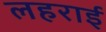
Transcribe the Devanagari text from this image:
लहराई